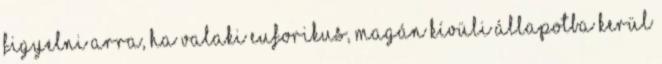
figyelni arra, ha valaki euforikus, magán kívüli állapotba kerül